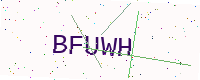
Text: BFUWH